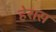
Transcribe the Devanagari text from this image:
हेरास